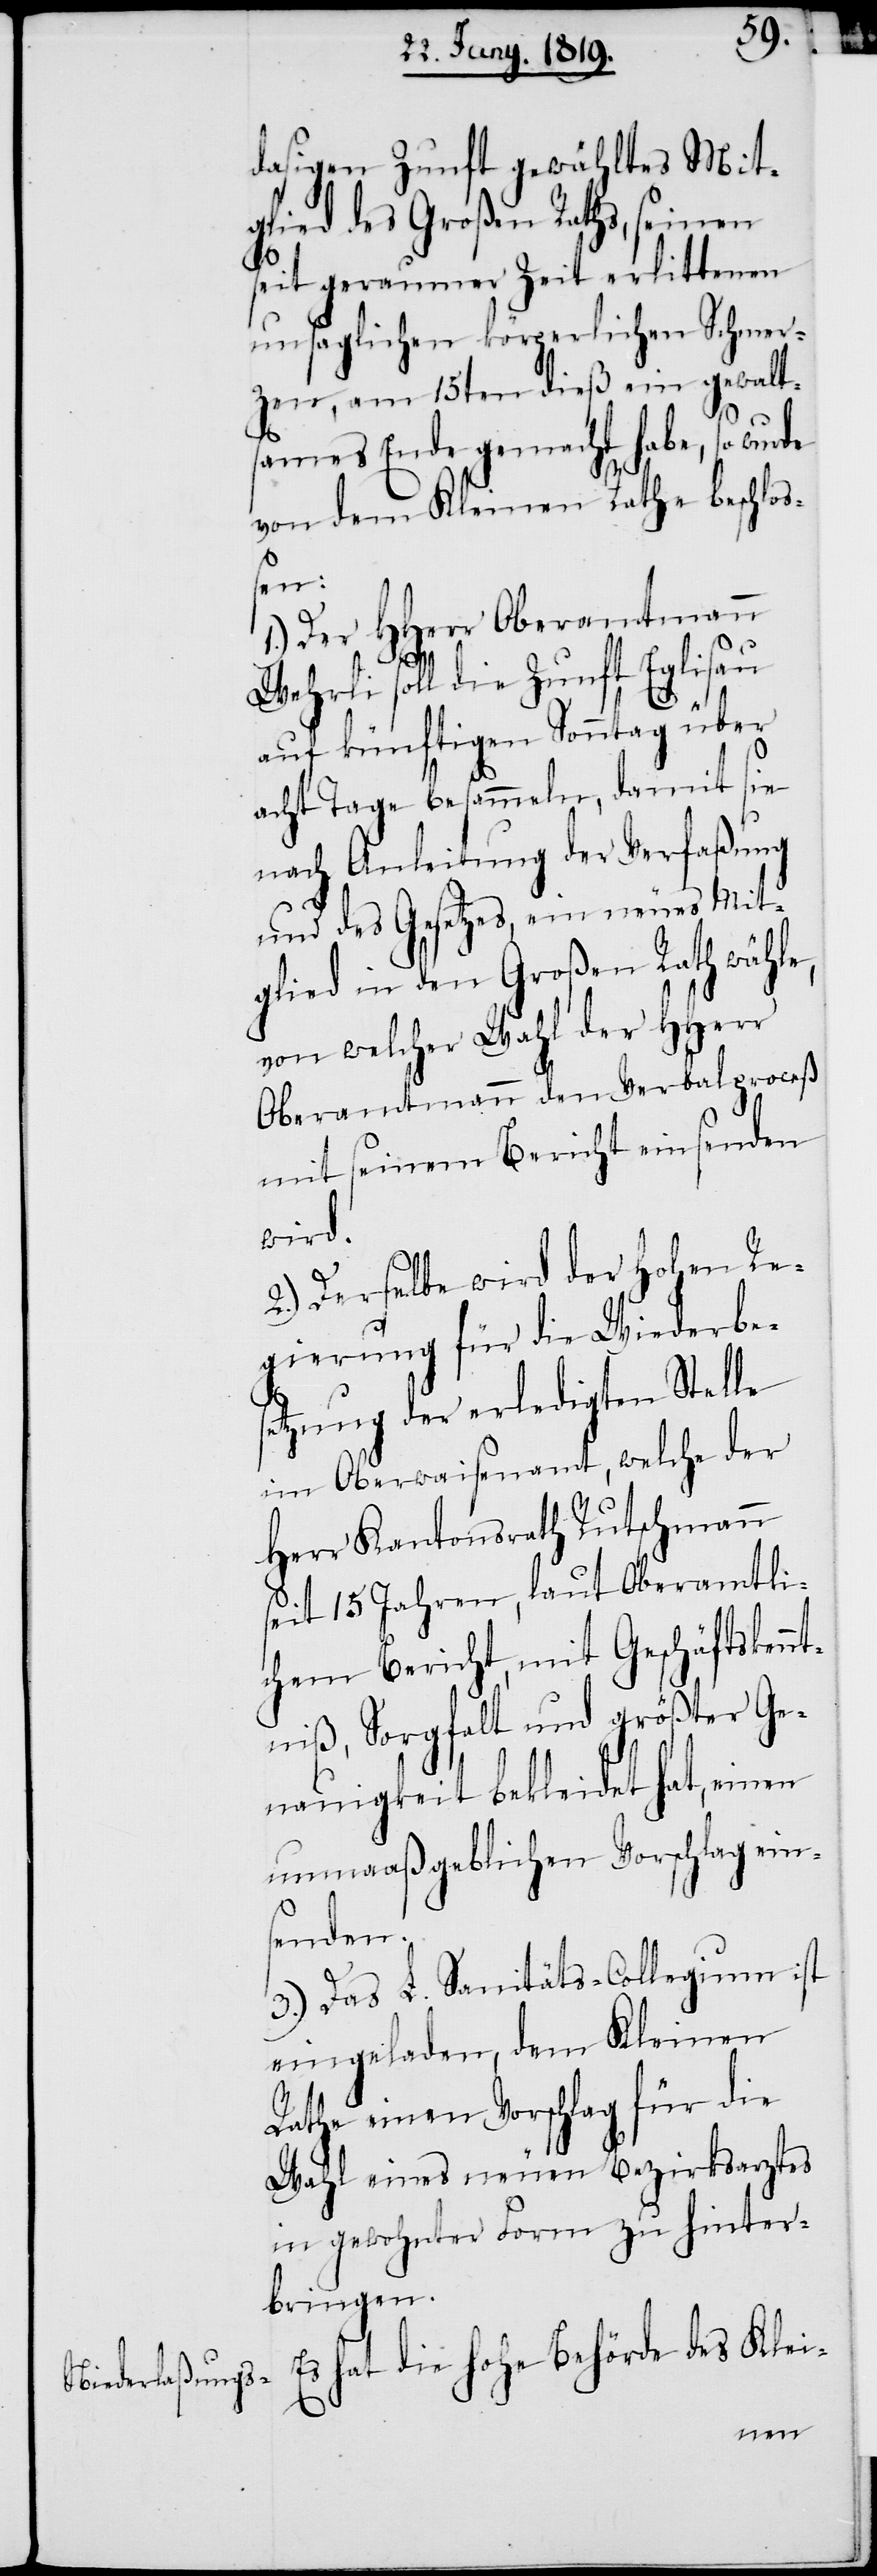
dasigen Zunft gewähltes Mit¬
glied des Großen Raths, seinen
seit geraumer Zeit erlittenen
unsaglichen körperlichen Schmer¬
zen, am 15ten dieß ein gewalt¬
de
sames Ende gemacht habe, so wur¬
von dem Kleinen Rathe beschlo¬
ßen:
1.) Der HHerr Oberamtmann
Wehrli soll die Zunft Eglisau
auf künftigen Sonntag über
acht Tage besammeln, damit sie
nach Anleitung der Verfaßung
und des Gesetzes, ein neues Mit¬
glied in den Großen Rath wähle,
von welcher Wahl der HHerr
Oberamtmann den Verbalproceß
mit seinem Bericht einsenden
wird.
2.) Derselbe wird der hohen Re¬
gierung für die Wiederbes¬
etzung der erledigten Stelle
im Oberwaisenamt, welche der
Herr Kantonsrath Rutschmann
seit 15 Jahren, laut Oberamtli¬
chem Bericht, mit Gechäftskenn¬
tniß, Sorgfalt und größter Ge¬
nauigkeit bekleidet hat, einen
unmaaßgeblichen Vorschlag ein¬
senden.
3.) Das L. Sanitäts-Collegium ist
eingeladen, dem Kleinen
Rathe einen Vorschlag für die
Wahl eines neuen Bezirksarztes
in gewohnter Form zu hinter¬
bringen.
Es hat die hohe Behörde des Klei-